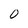
Character: O